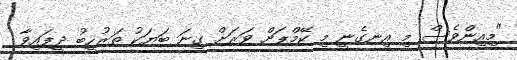
"މިއިންވެސް މި އިނގެނީ މި ކޭމްޕަށް ވަރަށް ގިނަ ބަޔަކު ތަރުހީބު ދީފައިވާ